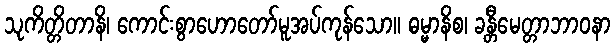
သုကိတ္တိတာနိ၊ ကောင်းစွာဟောတော်မူအပ်ကုန်သော။ ဓမ္မာနိစ၊ ခန္တီမေတ္တာဘာဝနာ